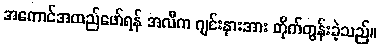
အကောင်အထည်ဖော်ရန် အလီက ဂျင်းနားအား တိုက်တွန်းခဲ့သည်။